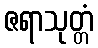
ဇရာသုတ္တံ